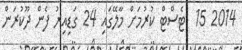
2014 15  ޓެސްޓް ކުރުމަށް މާލޭގައި 24 ގަޑިއިރު ފެން ދޫކުރަން